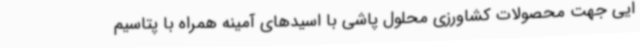
ایی جهت محصولات کشاورزی محلول پاشی با اسیدهای آمینه همراه با پتاسیم